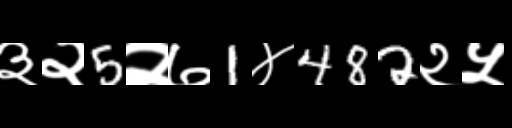
Text: ३२5२७1४482२५